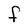
Character: F